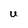
Character: U